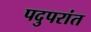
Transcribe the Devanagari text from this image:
पदुपरांत